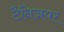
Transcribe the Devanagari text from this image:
टैनिजयर